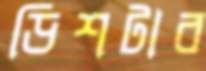
ডিশটাব